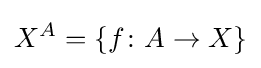
X^{A}=\{f\colon A\to X\}